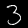
Digit: 3